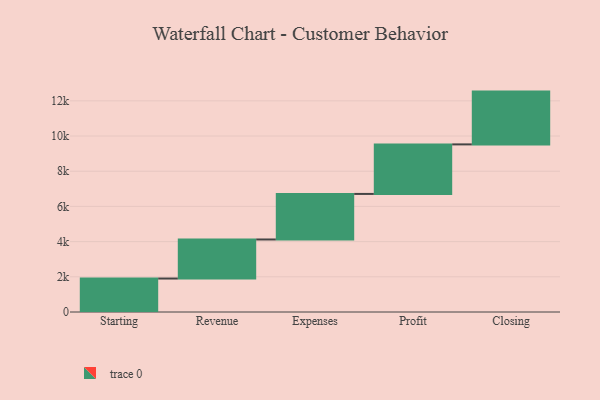
{"axis": {"x": "Step", "y": "Value"}, "legend": [""], "data": [{"x": "Starting", "y": 1902.0, "type": ""}, {"x": "Revenue", "y": 2219.0, "type": ""}, {"x": "Expenses", "y": 2589.0, "type": ""}, {"x": "Profit", "y": 2815.0, "type": ""}, {"x": "Closing", "y": 3000, "type": ""}]}